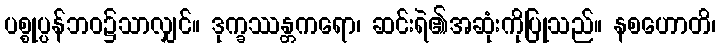
ပစ္စုပ္ပန်ဘဝ၌သာလျှင်။ ဒုက္ခဿန္တကရော၊ ဆင်းရဲ၏အဆုံးကိုပြုသည်။ နစဟောတိ၊